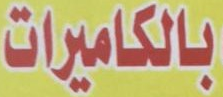
بالكاميرات